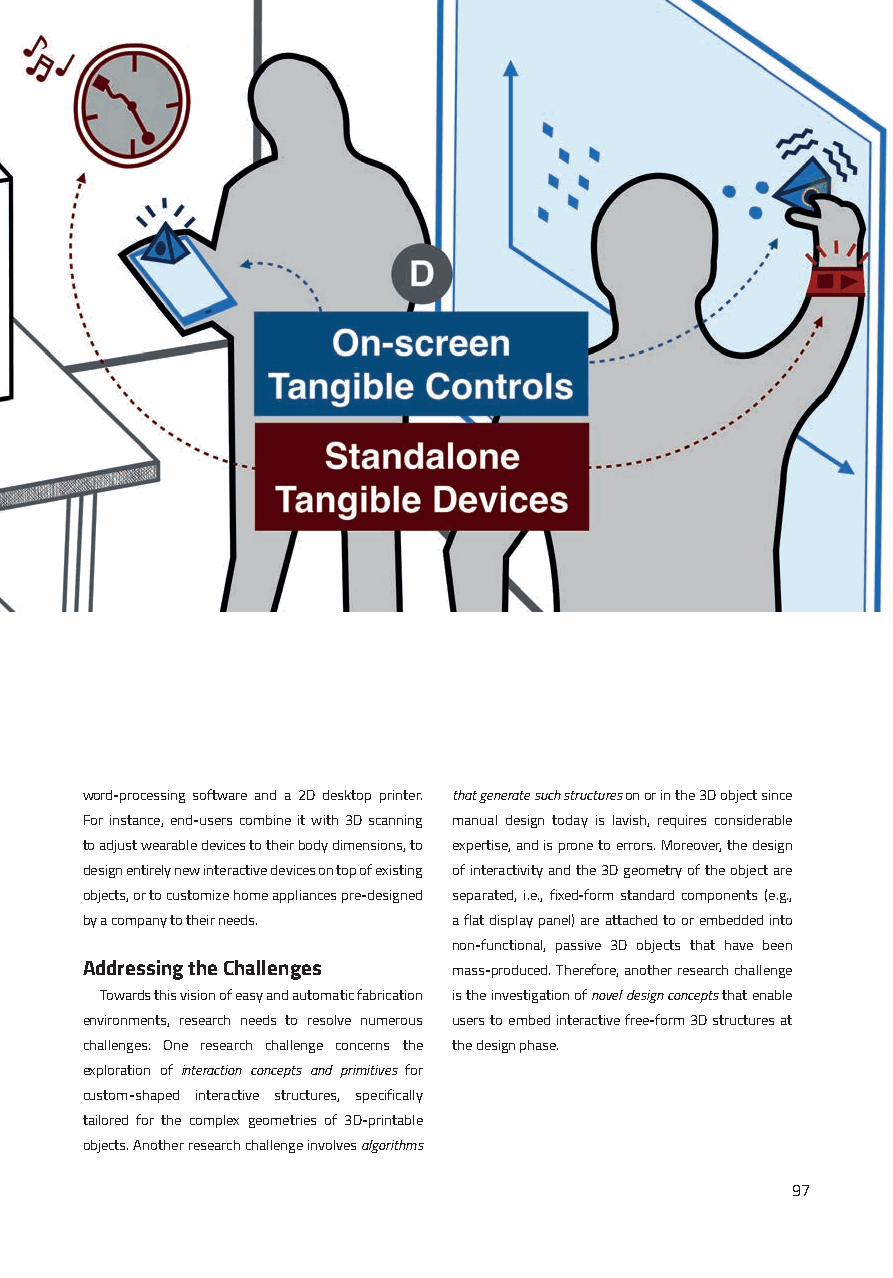
word-processing software and a 2D desktop printer. that generate such structures on or in the 3D object since
 For instance, end-users combine it with 3D scanning manual design today is lavish, requires considerable
 to adjust wearable devices to their body dimensions, to expertise, and is prone to errors. Moreover, the design
 design entirely new interactive devices on top of existing of interactivity and the 3D geometry of the object are
 objects, or to customize home appliances pre-designed separated, i.e., fixed-form standard components (e.g.,
 by a company to their needs. a flat display panel) are attached to or embedded into
 non-functional, passive 3D objects that have been
 Addressing the Challenges mass-produced. Therefore, another research challenge
 Towards this vision of easy and automatic fabrication is the investigation of novel design concepts that enable
 environments, research needs to resolve numerous users to embed interactive free-form 3D structures at
 challenges: One research challenge concerns the the design phase.
 exploration of interaction concepts and primitives for
 custom-shaped interactive structures, specifically
 tailored for the complex geometries of 3D-printable
 objects. Another research challenge involves algorithms
 97